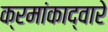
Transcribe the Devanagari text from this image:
क्रमांकाद्वारे